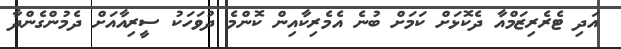
އަދި ޓެރެރިޒަމްއާ ދެކޮޅަށް ކަމަށް ބުނެ އެމެރިކާއިން ކޮންމެ ދުވަހަކު ސީރިއާއަށް ދެމުންގެންދާ